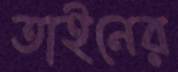
তাইনের